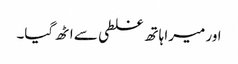
اور میرا ہاتھ غلطی سے اٹھ گیا۔